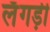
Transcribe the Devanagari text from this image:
लँगड़ी